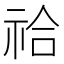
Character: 祫